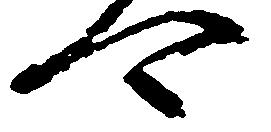
可